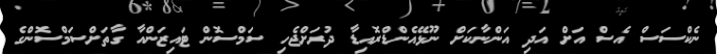
ނެކްސަސް އެސް އަށް އަދި އަންނާކަށް ނޫޅޭއެންޑްރޮއިޑާ ދުރަށްޖެހި ސަމްސޮން ޓައިޒަންއާ ގާތަށްސަމްސޮންގެ